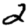
Digit: 2